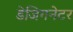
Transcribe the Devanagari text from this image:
डेजिगनेटर